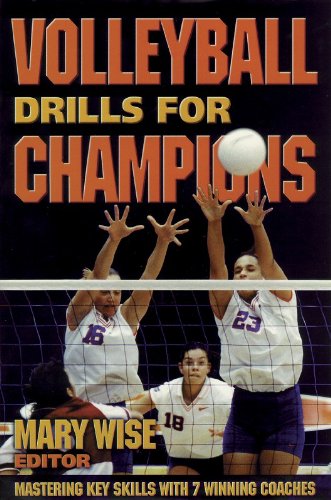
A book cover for Volleyball Drills for Champions: Mastering Key Skills with 7 Winning Coaches; Russ Rose and Mike Schall; Sports & Outdoors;